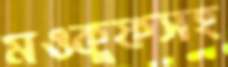
মওকুফসহ